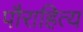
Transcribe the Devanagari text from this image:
पौराहित्य